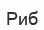
Риб